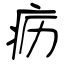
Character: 疬